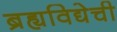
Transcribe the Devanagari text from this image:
ब्रह्यविद्येची